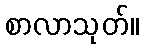
စာလာသုတ်။